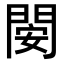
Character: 𨴣